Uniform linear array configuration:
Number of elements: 64
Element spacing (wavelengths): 0.25
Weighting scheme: exponential
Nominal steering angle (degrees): -15
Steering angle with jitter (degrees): -14.235
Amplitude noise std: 0.05
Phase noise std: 0.05

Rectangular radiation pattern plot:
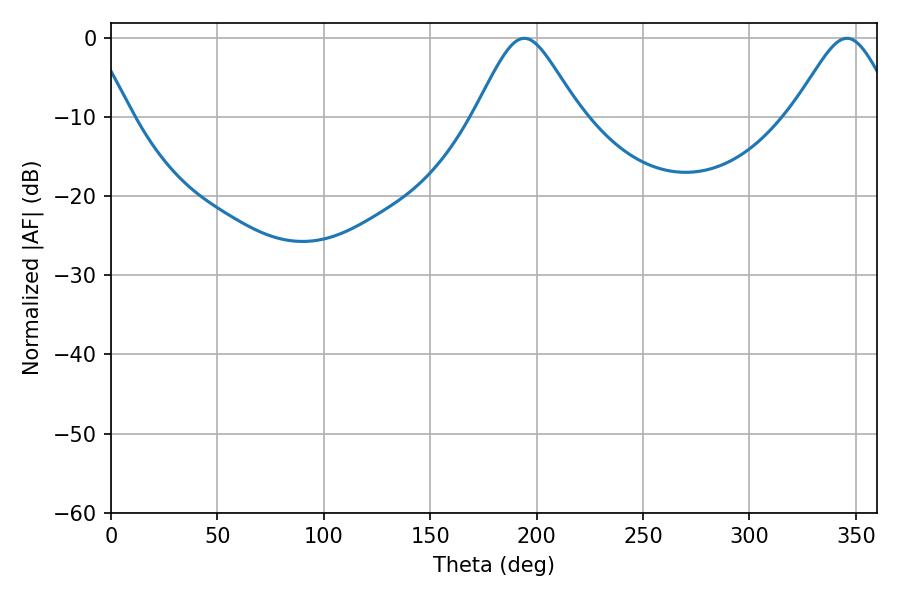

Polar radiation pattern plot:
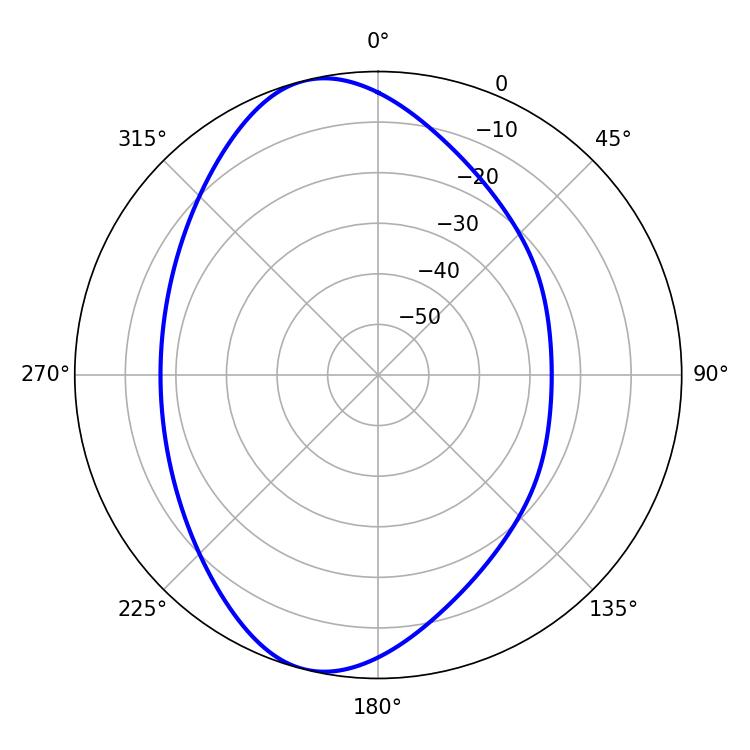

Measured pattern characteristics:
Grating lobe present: FALSE
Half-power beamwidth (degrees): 24.12
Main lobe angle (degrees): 194.22